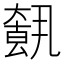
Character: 𡙺